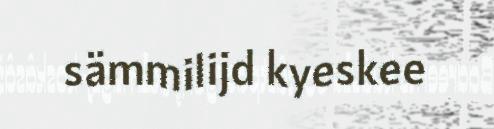
sämmilijd kyeskee